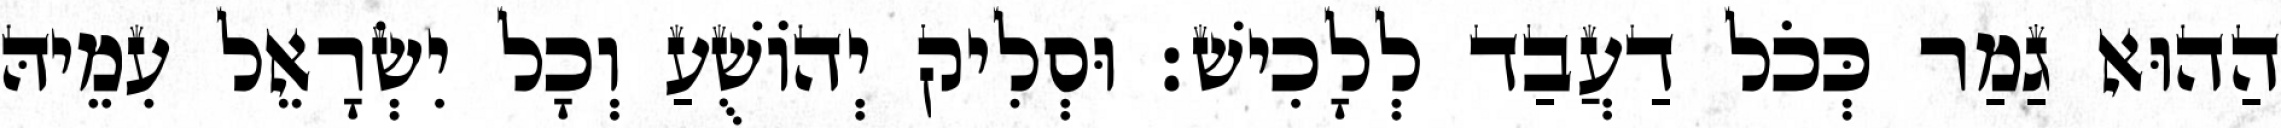
הַהוּא גַמַר כְּכֹל דַעֲבַד לְלָכִישׁ׃ וּסְלִיק יְהוֹשֻׁעַ וְכָל יִשְׂרָאֵל עִמֵיהּ